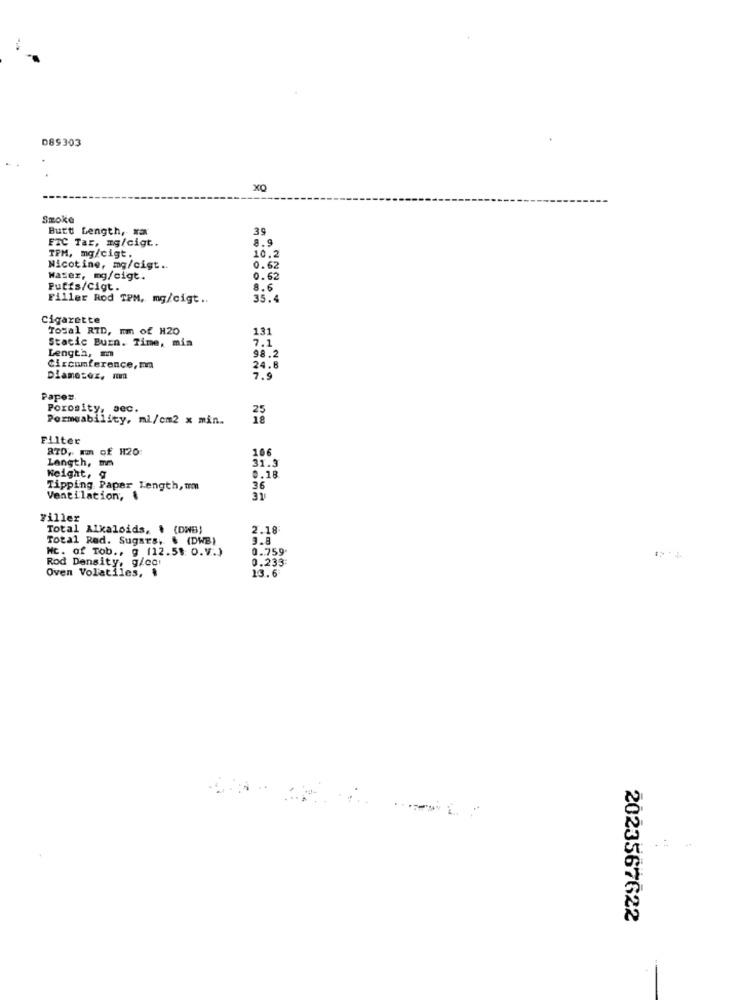
D89303
XO
Smoke
Butt Length, xa
39
ETC Tar, mg/cigt.
8.9
TPM, mg/cigt.
10.2
Nicotine, mg/cigt ..
0.62
Water, mg/cigt.
0.62
Puffs/Cigt.
8.6
Filler Rod TPM, mg/cigt ..
35.4
Cigarette
Todal RID, mm of H20
131
Static Burn. Time, min
7.1
Length, m
98.2
Circumference, ma
24.8
Diameter, na
7.9
Paper.
Porosity, sec.
Permeability, mi/cm2 x min.
Filter
RTD, m of H20:
106
Length, mm
31.3
Weight, &
2.18
Tipping Paper Length, um
36
Ventilation',
31
Filler
Total Alkaloids, $ (DWB)
2.18
Total Red. Sugars, & (DWB)
3.8
Nc. of Tob ., g (12.58: O.V.)
0.759*
Rod Density, g/co.
0.233:
Oven Volatiles, $
13.6
2023567622